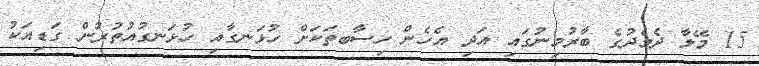
15 މޭލާ ދެމެދުގެ ބާރުމިނުގައި އަދި އެހެން ހިސާބތަކަށް ހުޅަނގާއި ހުޅަނގުއުތުރުން ގަޑިއަކު